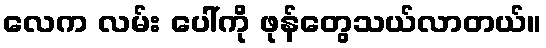
လေက လမ်း ပေါ်ကို ဖုန်တွေသယ်လာတယ်။